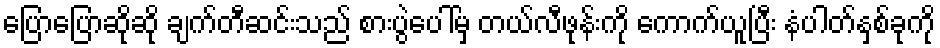
ပြောပြောဆိုဆို ချက်တီဆင်းသည် စားပွဲပေါ်မှ တယ်လီဖုန်းကို ကောက်ယူပြီး နံပါတ်နှစ်ခုကို